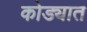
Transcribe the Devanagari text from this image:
कोड्यात